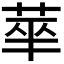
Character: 𬜻